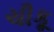
ચીકૂ